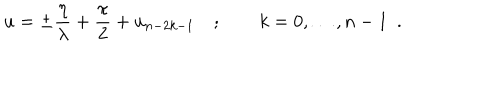
u = \pm \frac { \eta } { \lambda } + \frac { \pi } { 2 } + u _ { n - 2 k - 1 } \quad ; \qquad k = 0 , \dots , n - 1 \, \, \, .